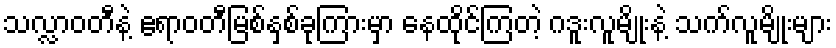
သလ္လာဝတီနဲ့ ဧရာဝတီမြစ်နှစ်ခုကြားမှာ နေထိုင်ကြတဲ့ ဂဒူးလူမျိုးနဲ့ သက်လူမျိုးများ